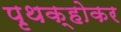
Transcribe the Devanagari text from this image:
पृथक्‌होकर